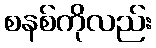
စနစ်ကိုလည်း